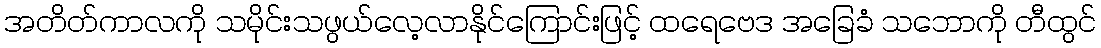
အတိတ်ကာလကို သမိုင်းသဖွယ်လေ့လာနိုင်ကြောင်းဖြင့် ထရေဗေဒ အခြေခံ သဘောကို တီထွင်